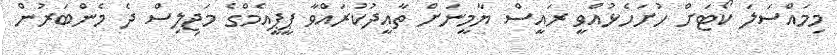
މިމައްސަލަ ކޯޓަށް ހުށަހެޅުއްވީ ރައީސް ޔާމީނަށް ތާއީދުކުރައްވާ ޕީޕީއެމްގެ މަޖިލިސް ދެ މެންބަރުން